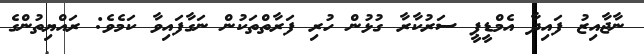
ނާޖާއިޒު ފައިދާ އެމްޑީޕީ ސަރުކާރާ ގުޅުން ހުރި ފަރާތްތަކުން ނަގާފައިވާ ކަމެވެ: ރައްޔިތުންގެ